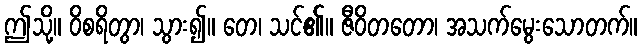
ဤသို့။ ဝိစရိတွာ၊ သွား၍။ တေ၊ သင်၏။ ဇီဝိတတော၊ အသက်မွေးသောတက်။